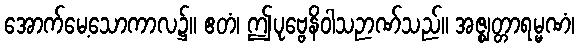
အောက်မေ့သောကာလ၌။ ဧတံ၊ ဤပုဗ္ဗေနိဝါသဉာဏ်သည်။ အဇ္ဈတ္တာရမ္မဏံ၊